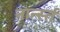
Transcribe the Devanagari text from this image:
नार्न्स्त